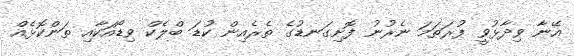
އޭނާ ވިދާޅުވީ ފުރަތަމަ ނެރުނު ފޮށިގަނޑުގެ ތެރެއިން ކުޑަ ބްލެކް ވިޑޯއަކާއި ތަންކޮޅެއް